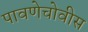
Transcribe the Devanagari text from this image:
पावणेचोवीस